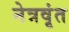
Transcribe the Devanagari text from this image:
नेत्रवृंत